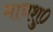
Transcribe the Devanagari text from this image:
माघशु०